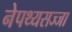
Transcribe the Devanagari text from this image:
नेपथ्यसज्जा